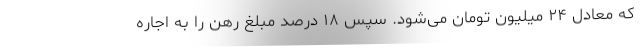
که معادل ۲۴ میلیون تومان می‌شود. سپس ۱۸ درصد مبلغ رهن را به اجاره